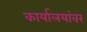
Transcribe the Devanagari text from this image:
कार्यालयांवर